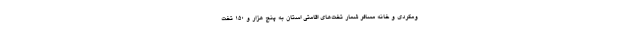
ومگردی و خانه مسافر شمار تخت‌های اقامتی استان به پنج هزار و ۱۵۰ تخت